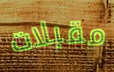
مقبلات